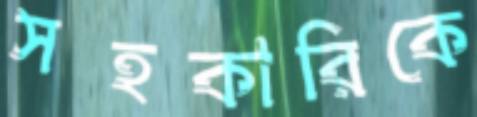
সহকারিকে